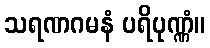
သရဏဂမနံ ပရိပုဏ္ဏံ။